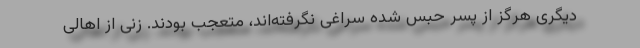
دیگری هرگز از پسر حبس شده سراغی نگرفته‌اند، متعجب بودند. زنی از اهالی